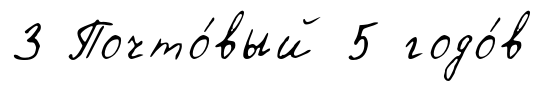
3 Почто́вый 5 годо́в